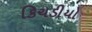
કિચડીયો